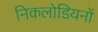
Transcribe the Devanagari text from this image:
निकलोडियनों